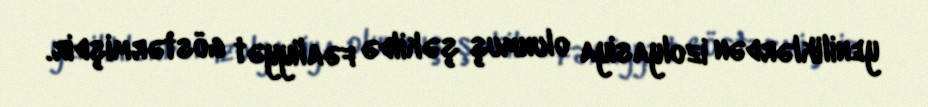
yeniliklərdən izolyasiya olunmuş şəkildə fəaliyyət göstərmişdir.